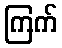
ကြက်